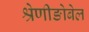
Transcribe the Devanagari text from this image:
श्रेणीङोबेल